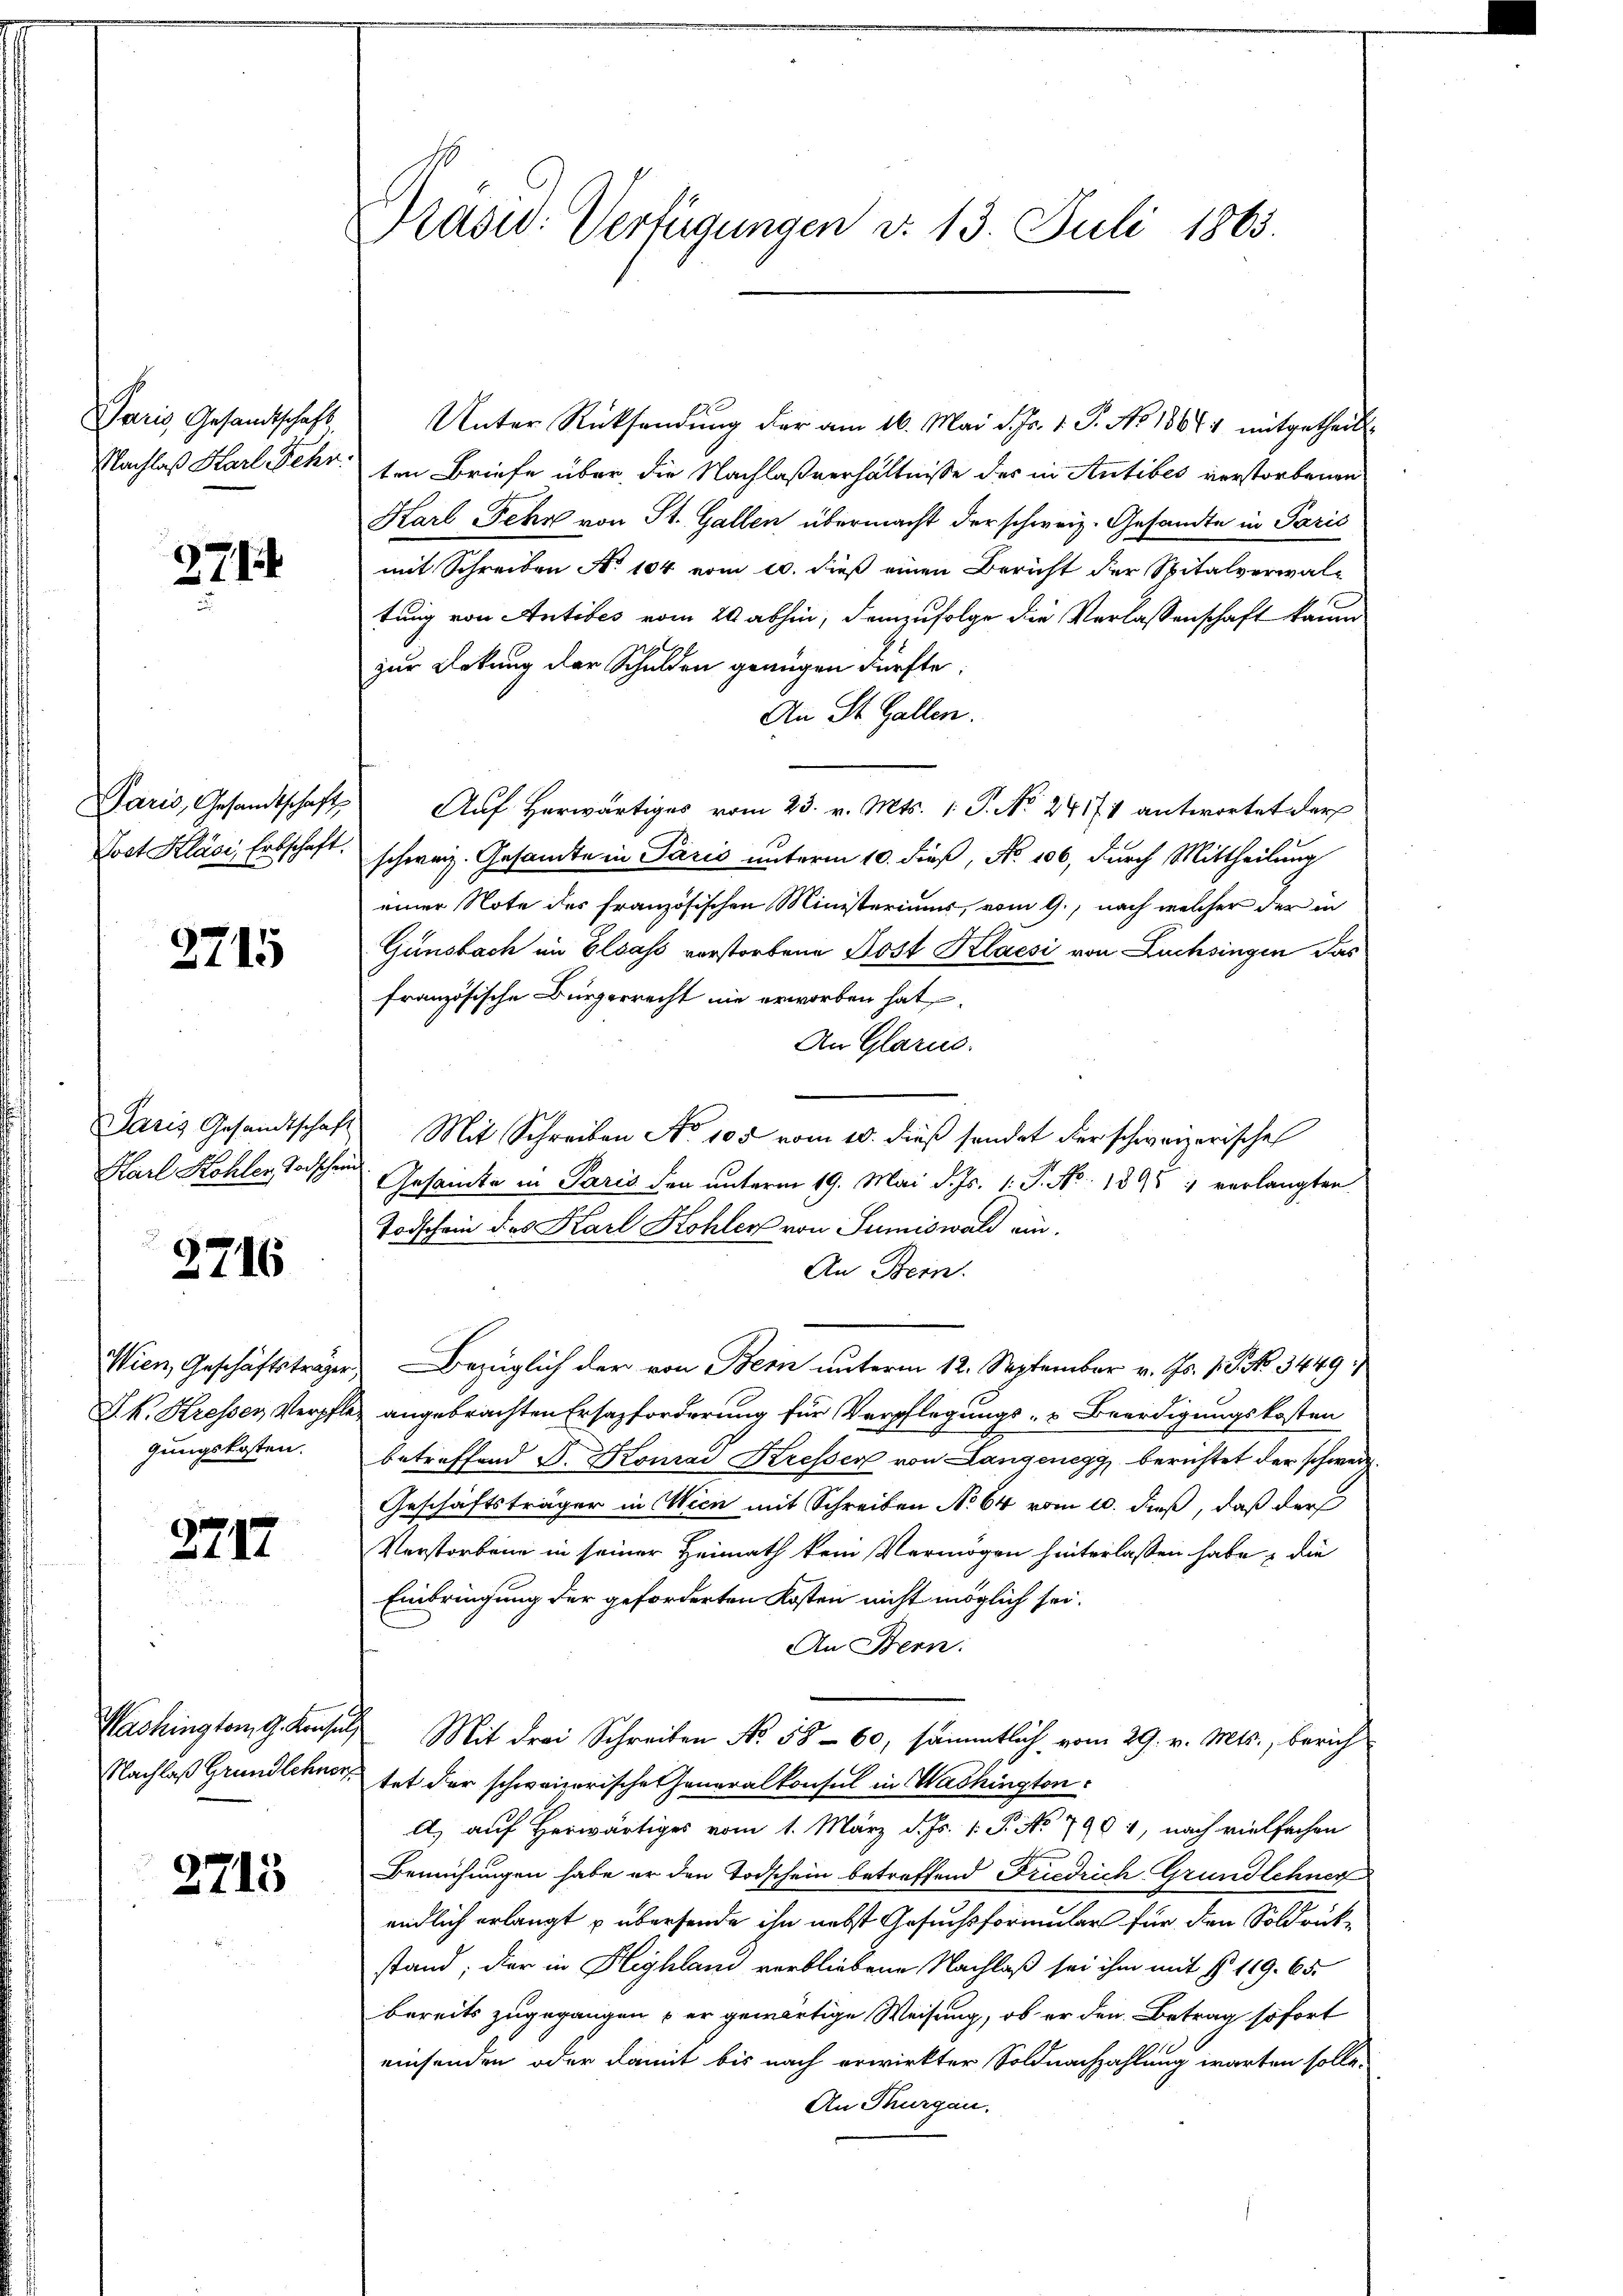
Paris, Gesandtschaft
Nachlaß Karl Fehr

2.7.1

Paris, Gesandtschaft,
Post Kläsi, Erbschaft.

2715

Paris Gesandtschaft
Harl Kohlen Todschein

2716

Wien, Geschäftsträger,
S. k. Kresser Verpfle
gungskosten.

2717

Washington, G. Konsul,
Nachlaß Grundlehner

2713

Präsid. Verfügungen d. 13. Juli 1863.

Unter Rücksendung der am 16. Mai d. Js. 1. P. No. 18674 mitgetheilt,
ten Briefe über die Nachlaßverhältnisse der in Antibes verstorbenen
Harl Fehr von St. Gallen übermacht der schweiz. Gesandte in Paris
mit Schreiben No 104 vom 10. dieß einen Bericht der Spitalverwaltung von Antibes vom 29 abhin, demzufolge die Verlassenschaft kaum
zur Ankung der Schulden genügen dürfte.
An St. Gallen.
Auf Herwärtiges vom 23. v. Mts. 1. J. No. 24171 antwortet der
schweiz. Gesamte in Paris unterm 10. dieß, No 106, durch Mittheilung
einer Note des französischen Ministeriums, vom 9., nach welcher der in
Günsbach im Elsass verstorbene Post Klaesi von Luchsingen das
französische Bürgerrecht nie erworben hat
An Glarus.
Mit Schreiben No 105 vom 10. dieß sendet der schweizerische
Gesamte in Paris den unterm 19. Mai d. Js. 1. P. Nr. 1898 1 verlangten
Todschein des Karl Kohler von Sumiswald ein¬
An Bern.
Bezüglich der von Bern unterm 12. September v. Js. 1. P. No. 3449
angebrachten Ersazforderung für Verpflegungs- u Beerdigungskosten
betreffend d. Konrad Kresser von Langenegg, berichtet der schweiz.
Geschäftsträger in Wien mit Schreiben No 64 vom 10. dieß, daß der
Verstorbene in seiner Heimath kein Vermögen hinterlassen habe, die
Einbringung der geforderten Kosten nicht möglich sei.
An Bern:
Mit drei Schreiben No. 58 - 60, sämmtlich vom 29. v. Mts., berich
tet der schwanerische Generalkonsul in Washington
A) auf herwärtiges vom 1. März d. Js. v. P. Nr. 790 nach vielfachen
Bemühungen habe er den Todschein betreffend Friedrich Grundlehner
endlich erlangt u übersende ihn nebst Gesuchsformular für den Soldrück-
stand; der in Highlan verbliebene Nachlaß sei ihm mit § 119. 65.
bereits zugegangen & er gewärtige Weisung, ob er den Betrag sofort
einsenden oder damit bis nach erwirkter Soldnachzahlung warten solle,
An Thurgau.